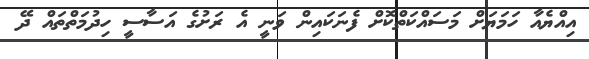
އިއްޔެއާ ހަމަޔަށް މަސައްކަތްކޮށް ފެނަކައިން ވަނީ އެ ރަށުގެ އަސާސީ ހިދުމަތްތައް ދޭ